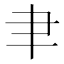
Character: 𦘒